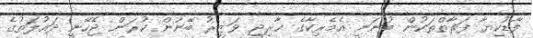
ފާޑުކިޔާ ފަރާތްތަކުން ބުނަނީ އެމެރިކާގެ ޚާރިޖީ ވަޒީރު ބޭނުން ކުރަން ޖެހޭނީ ދައުލަތުގެ